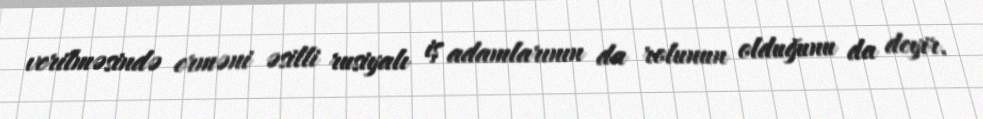
verilməsində erməni əsilli rusiyalı iş adamlarının da rolunun olduğunu da deyir.